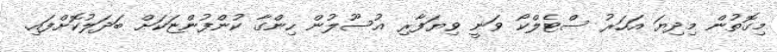
މިގޮތުން މިދިޔަ އަހަރު ސްޓެލްކޯ ވަނީ ވިޔަފާރި އުސޫލުން ހިންގާ ކުންފުންޏަކަށް ބަދަލުކޮށްފައި.